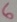
Text: 6